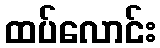
ထပ်လောင်း